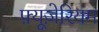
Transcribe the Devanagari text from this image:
फ़्यूज़ेरियम